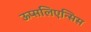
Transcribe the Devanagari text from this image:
ऊप्सलिएन्सिस